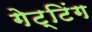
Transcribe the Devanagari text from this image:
गेट्टिंग